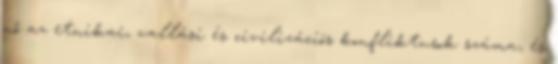
nő az etnikai, vallási és civilizációs konfliktusok száma, és